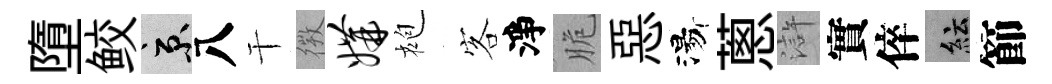
墮鲛京八干𢕄媾袍客淨脆惡湯蔥滸實倅紜節